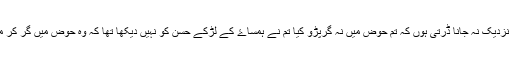
حوض کے نزدیک نہ جانا ڈرتی ہوں کہ تم حوض میں نہ گرپڑو کیا تم نے ہمساۓ کے لڑکے حسن کو نہیں دیکھا تھا کہ وہ حوض میں گر کر مر گیا تھا ؟